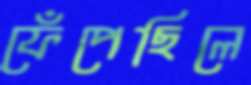
ফেঁপেছিলে